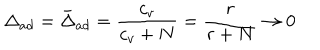
LaTeX: \Delta _ { a d } = \bar { \Delta } _ { a d } = \frac { c _ { v } } { c _ { v } + N } = \frac { r } { r + N } \rightarrow 0